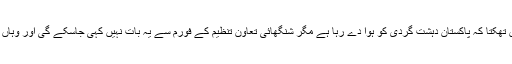
مثلاً بھارت یہ دعویٰ کرتا نہیں تھکتا کہ پاکستان دہشت گردی کو ہوا دے رہا ہے مگر شنگھائی تعاون تنظیم کے فورم سے یہ بات نہیں کہی جاسکے گی اور وہاں پاکستان کو قبول کرنا پڑے گا۔